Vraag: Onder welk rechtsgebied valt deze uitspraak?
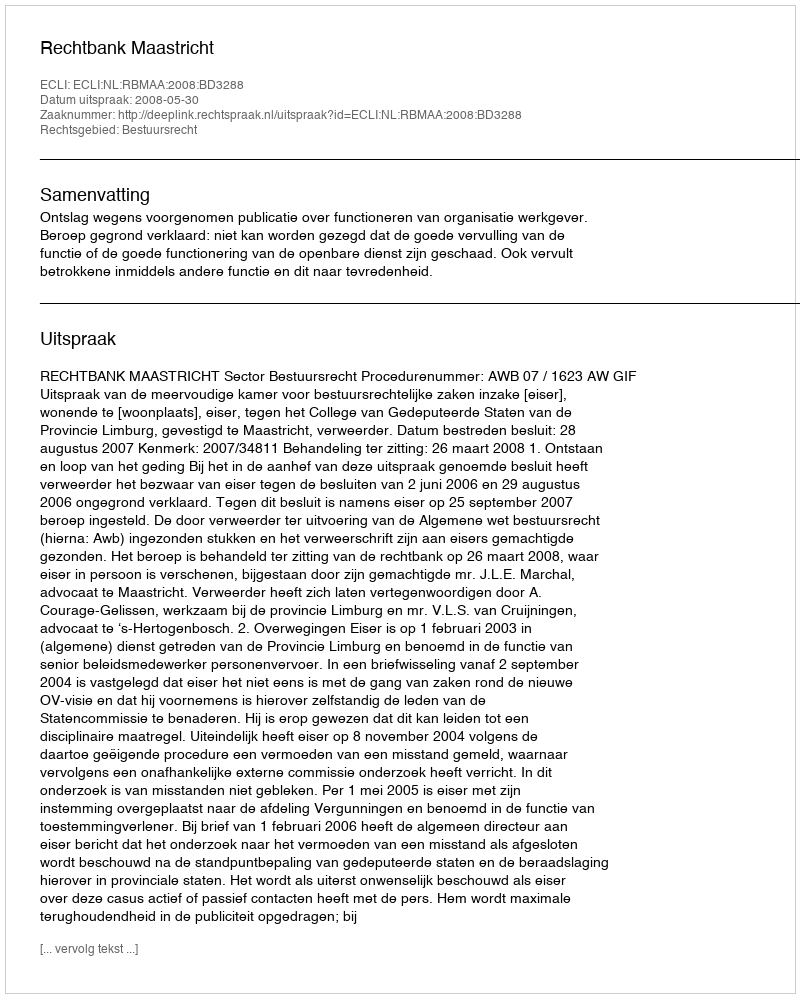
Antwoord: Bestuursrecht